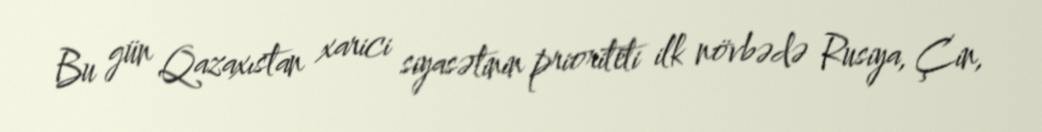
Bu gün Qazaxıstan xarici siyasətinin prioriteti ilk növbədə Rusiya, Çin,